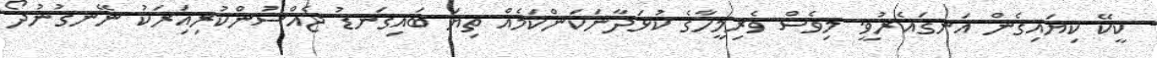
ކީކޭ ކިޔައިގެން އަނގައެރުވީ. މިވެސް ވެރިމީހާގެ ކުޅަދާނަކަންކަމެއް ތިޔަ ބައިގަނޑު ޖެއްސުންކުރިއަިރަކު ނޭނގުނުދޯ